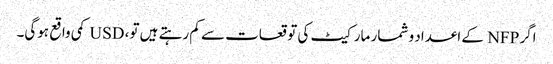
اگر NFP کے اعداد و شمار مارکیٹ کی توقعات سے کم رہتے ہیں تو، USD کمی واقع ہوگی۔